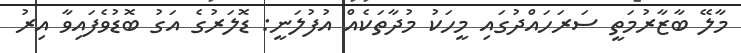
މާލޭ ބާޒާރުމަތީ ސަރަހައްދުގައި މީހަކު މުދާތަކެއް އުފުލަނީ: ޑޮލަރުގެ އަގު ބޮޑުވެފައިވާ އިރު